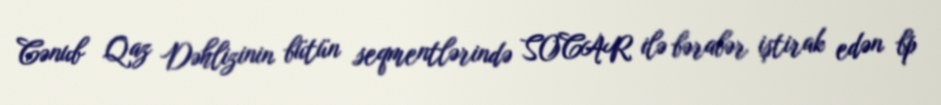
Cənub Qaz Dəhlizinin bütün seqmentlərində SOCAR ilə bərabər iştirak edən bp